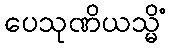
ပေသုဏိယသ္မိံ